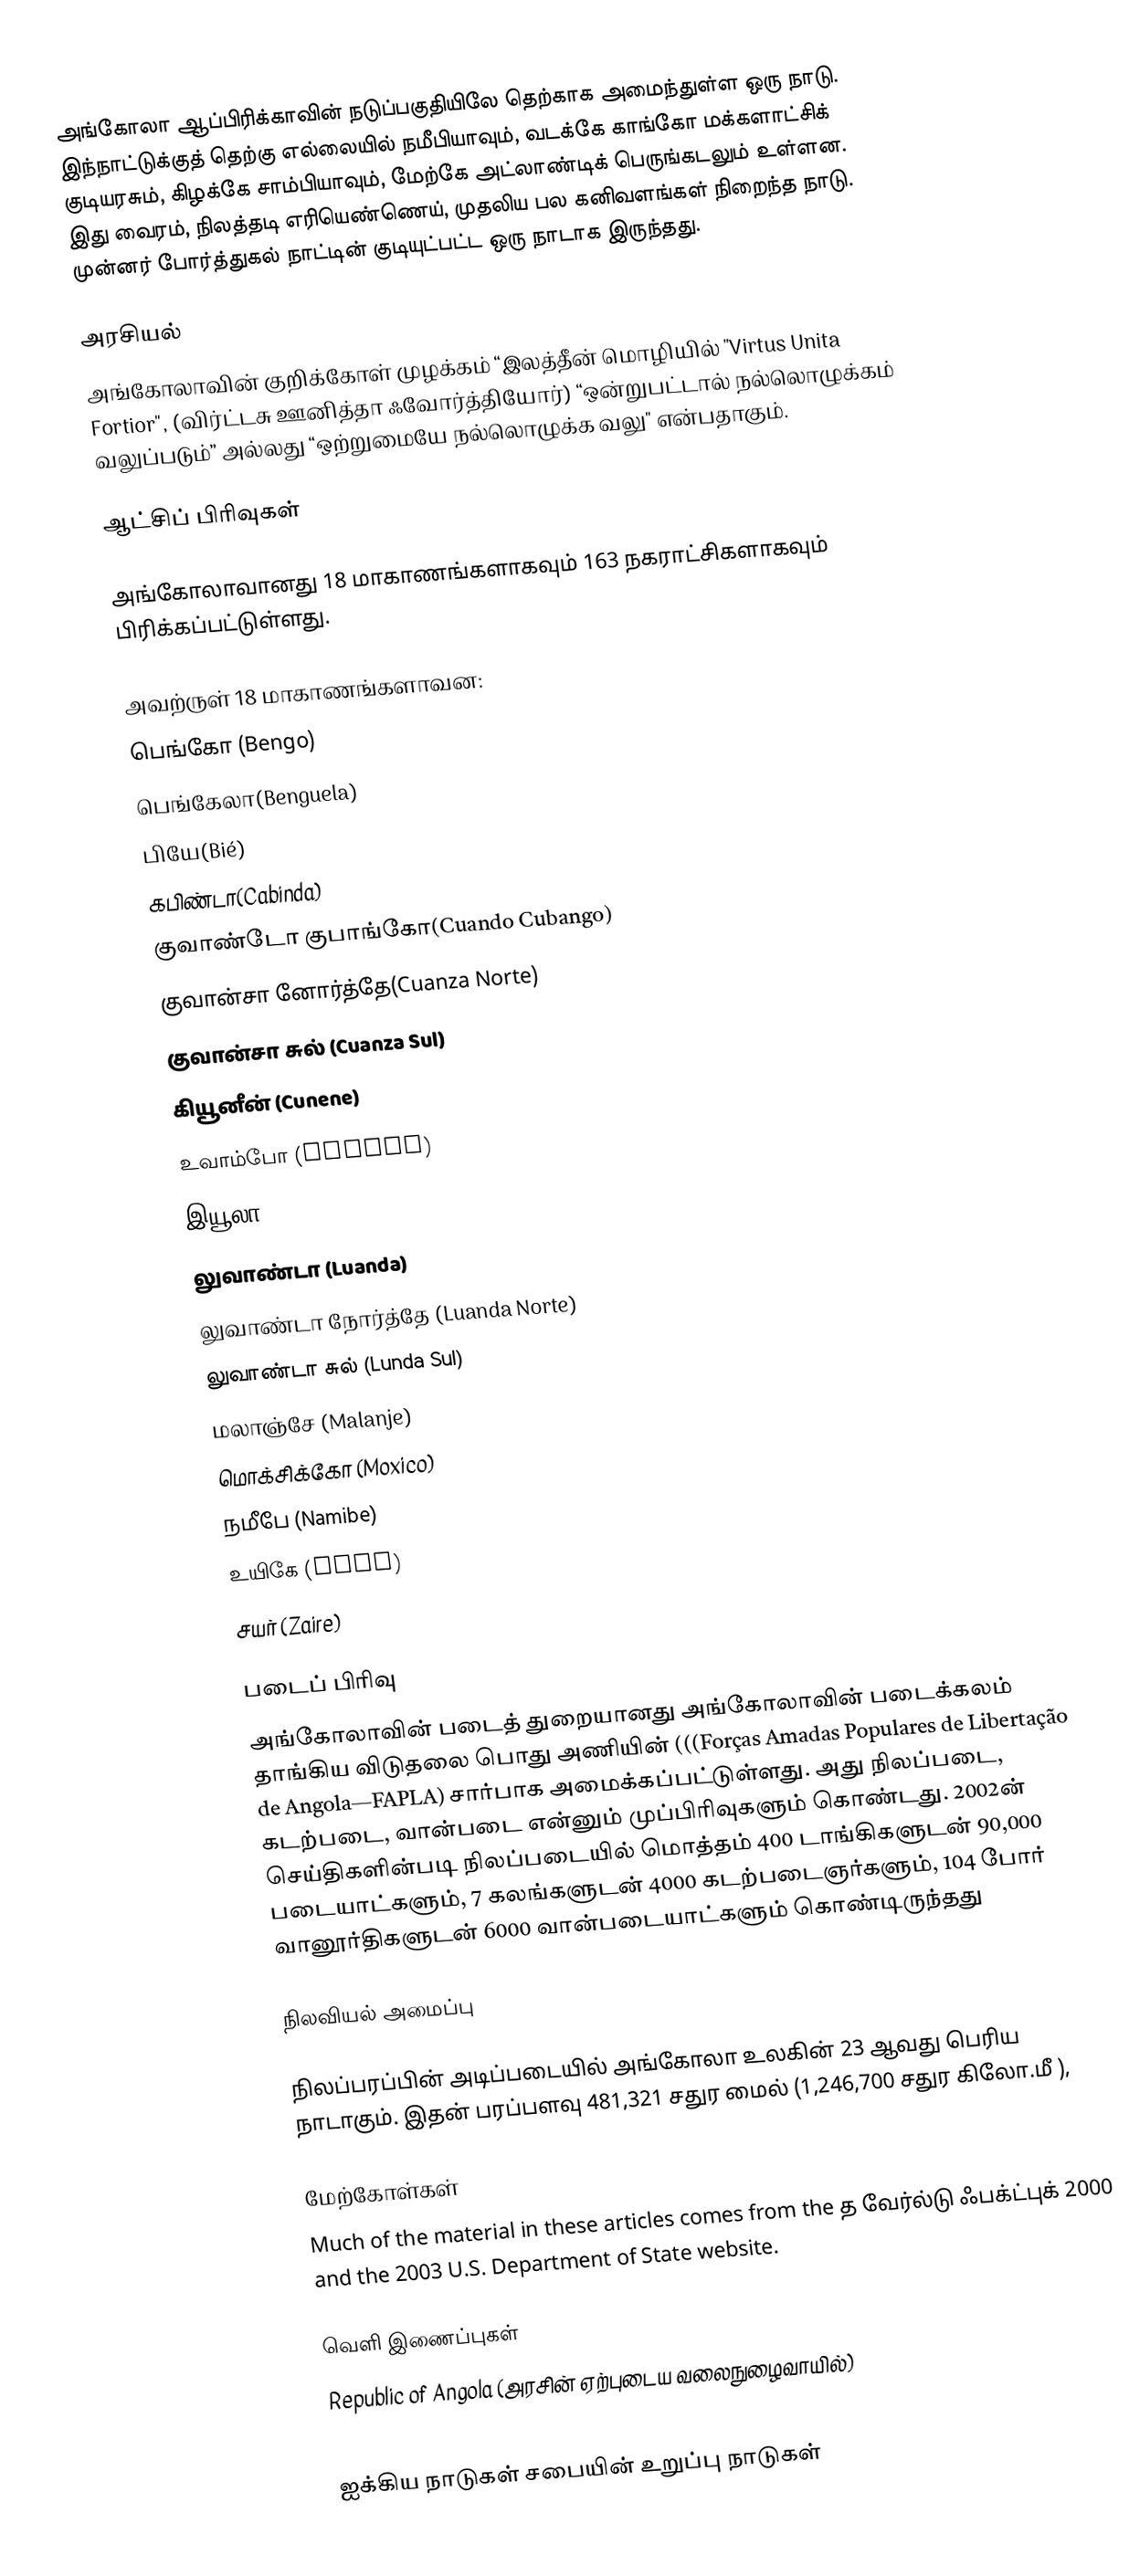
அங்கோலா ஆப்பிரிக்காவின் நடுப்பகுதியிலே தெற்காக அமைந்துள்ள ஒரு நாடு. இந்நாட்டுக்குத் தெற்கு எல்லையில் நமீபியாவும், வடக்கே காங்கோ மக்களாட்சிக் குடியரசும், கிழக்கே சாம்பியாவும், மேற்கே அட்லாண்டிக் பெருங்கடலும் உள்ளன. இது வைரம், நிலத்தடி எரியெண்ணெய், முதலிய பல கனிவளங்கள் நிறைந்த நாடு. முன்னர் போர்த்துகல் நாட்டின் குடியுட்பட்ட ஒரு நாடாக இருந்தது.

அரசியல்
அங்கோலாவின் குறிக்கோள் முழக்கம் “இலத்தீன் மொழியில் "Virtus Unita Fortior", (விர்ட்டசு ஊனித்தா ஃவோர்த்தியோர்) “ஒன்றுபட்டால் நல்லொழுக்கம் வலுப்படும்” அல்லது “ஒற்றுமையே நல்லொழுக்க வலு" என்பதாகும்.

ஆட்சிப் பிரிவுகள்

அங்கோலாவானது 18 மாகாணங்களாகவும் 163 நகராட்சிகளாகவும் பிரிக்கப்பட்டுள்ளது.

அவற்ருள் 18 மாகாணங்களாவன:
 பெங்கோ (Bengo)
 பெங்கேலா(Benguela)
 பியே(Bié)
 கபிண்டா(Cabinda)
 குவாண்டோ குபாங்கோ(Cuando Cubango)
 குவான்சா னோர்த்தே(Cuanza Norte)
 குவான்சா சுல் (Cuanza Sul)
 கியூனீன் (Cunene)
 உவாம்போ (Huambo)
 இயூலா (Huila)
 லுவாண்டா (Luanda)
 லுவாண்டா நோர்த்தே  (Luanda Norte)
 லுவாண்டா சுல் (Lunda Sul)
 மலாஞ்சே (Malanje)
 மொக்சிக்கோ (Moxico)
 நமீபே (Namibe)
 உயிகே (Uige)
 சயர் (Zaire)

படைப் பிரிவு
அங்கோலாவின் படைத் துறையானது அங்கோலாவின் படைக்கலம் தாங்கிய விடுதலை பொது அணியின் (((Forças Amadas Populares de Libertação de Angola—FAPLA)  சார்பாக அமைக்கப்பட்டுள்ளது. அது நிலப்படை, கடற்படை, வான்படை என்னும் முப்பிரிவுகளும் கொண்டது. 2002ன் செய்திகளின்படி நிலப்படையில் மொத்தம் 400 டாங்கிகளுடன் 90,000 படையாட்களும், 7 கலங்களுடன் 4000 கடற்படைஞர்களும், 104 போர் வானூர்திகளுடன் 6000 வான்படையாட்களும் கொண்டிருந்தது

நிலவியல் அமைப்பு

நிலப்பரப்பின் அடிப்படையில் அங்கோலா உலகின் 23 ஆவது பெரிய நாடாகும். இதன் பரப்பளவு 481,321 சதுர மைல் (1,246,700 சதுர கிலோ.மீ ),

மேற்கோள்கள்
 Much of the material in these articles comes from the த வேர்ல்டு ஃபக்ட்புக் 2000 and the 2003 U.S. Department of State website.

வெளி இணைப்புகள்
 Republic of Angola  (அரசின் ஏற்புடைய வலைநுழைவாயில்)

ஐக்கிய நாடுகள் சபையின் உறுப்பு நாடுகள்